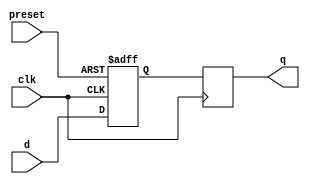
module DFF_with_preset (
    input wire clk,
    input wire d,
    input wire preset,
    output reg q
);

reg q_next;

always @(posedge clk or posedge preset) begin
    if (preset) begin
        q_next <= 1'b1;
    end else begin
        q_next <= d;
    end
end

always @(posedge clk) begin
    q <= q_next;
end

endmodule